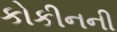
કોકીનની